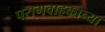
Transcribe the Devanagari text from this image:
परागवाहकाच्या